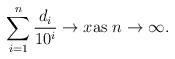
LaTeX: \begin{align*} \sum_{i=1}^{n} \frac{d_i}{10^i} \rightarrow x \mbox{as } n \rightarrow \infty.\end{align*}